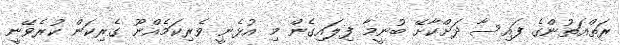
ރަތްއަތުންގެ ފައިސާ ދަށްކާށޭ ބުނީމާ ފިލައިގެން މި އުޅެނީ ވެރިކަމެއްނޫ ގެރިކަން ކުރެވޭނީ